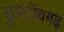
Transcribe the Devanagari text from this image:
डुमरॉवगढ़